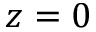
z = 0